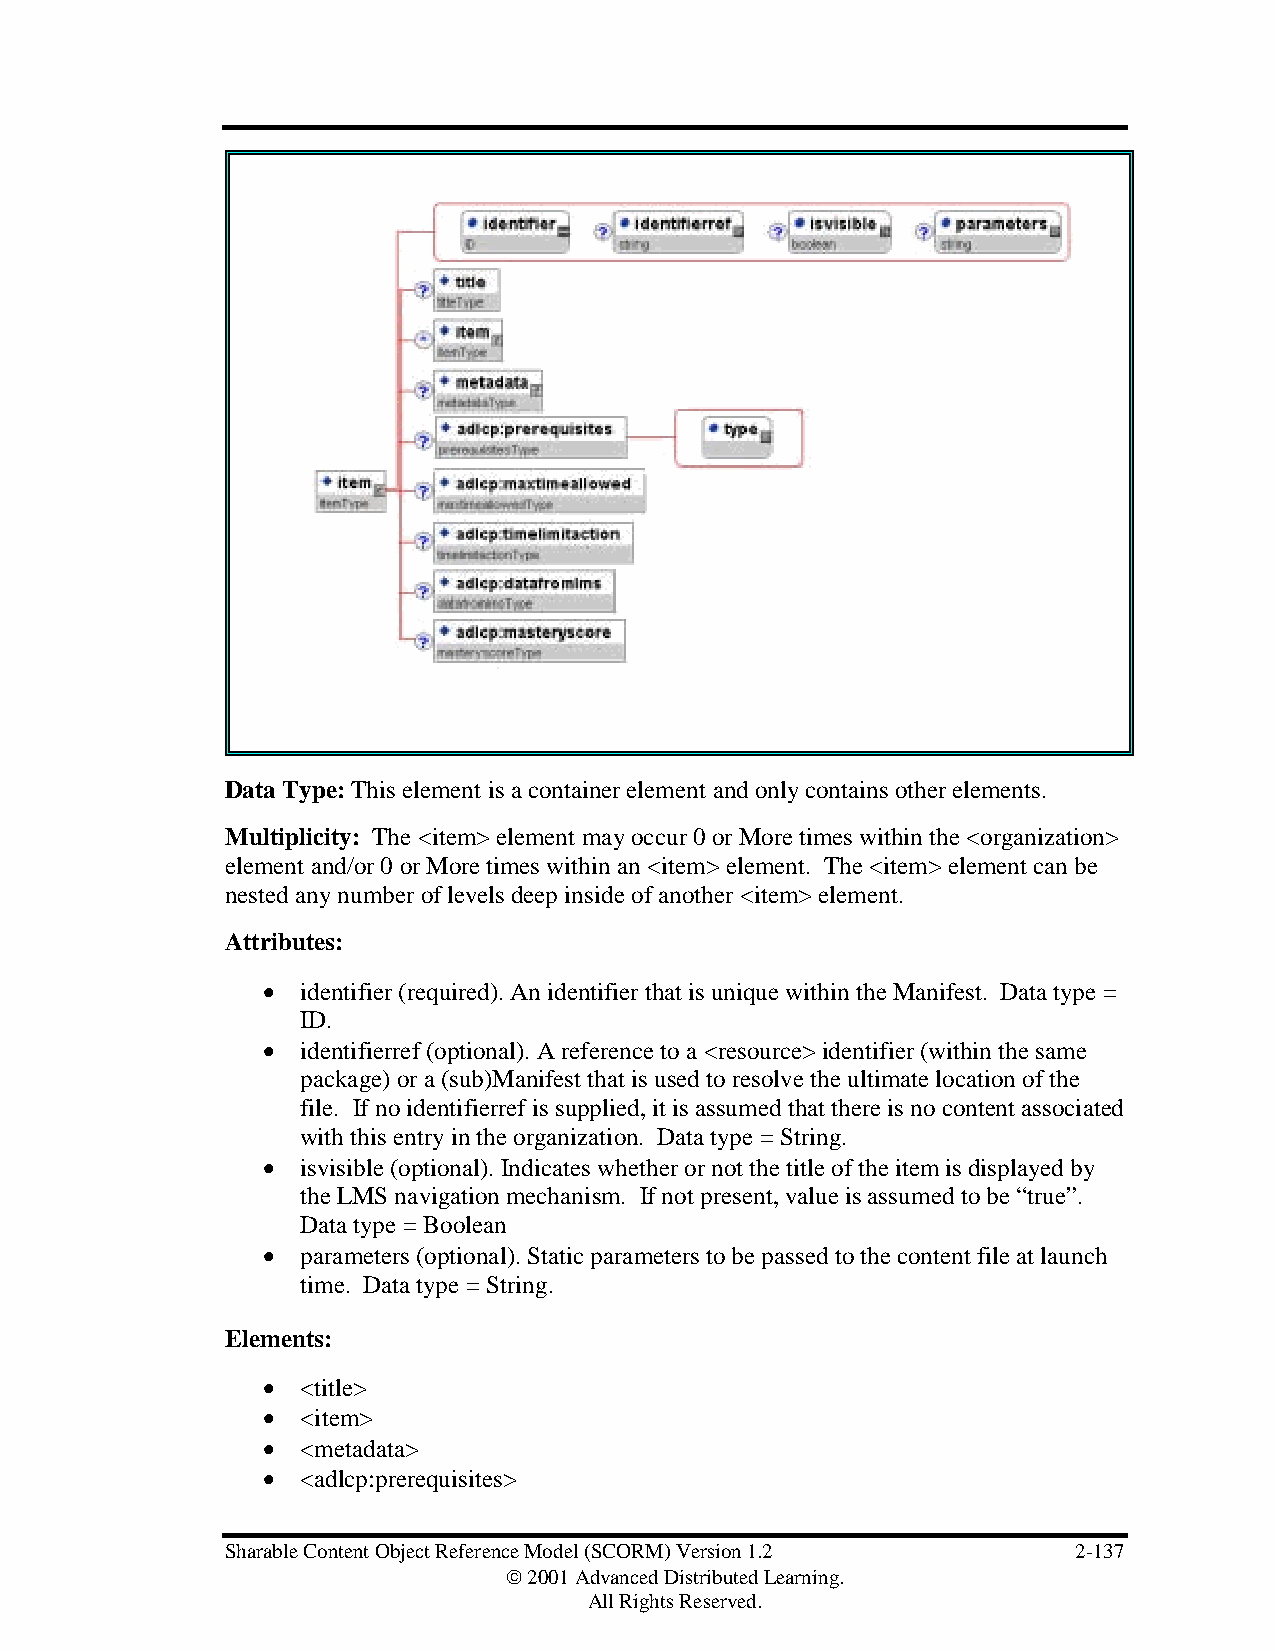
Data Type: This element is a container element and only contains other elements.
 Multiplicity: The <item> element may occur 0 or More times within the <organization>
 element and/or 0 or More times within an <item> element. The <item> element can be
 nested any number of levels deep inside of another <item> element.
 Attributes:
 •  identifier (required). An identifier that is unique within the Manifest. Data type =
 ID.
 •  identifierref (optional). A reference to a <resource> identifier (within the same
 package) or a (sub)Manifest that is used to resolve the ultimate location of the
 file. If no identifierref is supplied, it is assumed that there is no content associated
 with this entry in the organization. Data type = String.
 •  isvisible (optional). Indicates whether or not the title of the item is displayed by
 the LMS navigation mechanism. If not present, value is assumed to be “true”.
 Data type = Boolean
 •  parameters (optional). Static parameters to be passed to the content file at launch
 time. Data type = String.
 Elements:
 •  <title>
 •  <item>
 •  <metadata>
 •  <adlcp:prerequisites>
 Sharable Content Object Reference Model (SCORM) Version 1.2 2-137
  2001 Advanced Distributed Learning.
 All Rights Reserved.